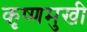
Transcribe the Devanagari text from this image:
कृष्णमुखी